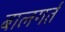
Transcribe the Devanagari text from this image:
बालगर्त